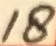
Text: 18